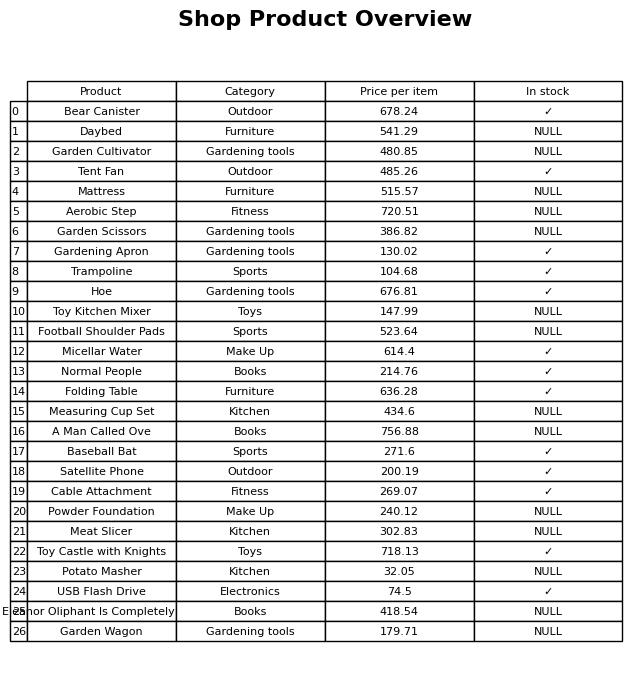
question: What is the price for Aerobic Step?
answer: The price of Aerobic Step is 720.51.